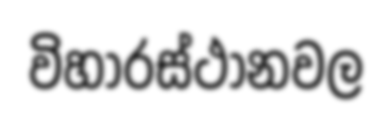
විහාරස්ථානවල